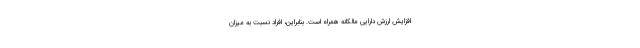
افزایش ارزش دارایی مالکانه همراه است. بنابراین، افراد نسبت به میزان